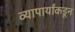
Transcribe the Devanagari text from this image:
व्यापार्यांकडून